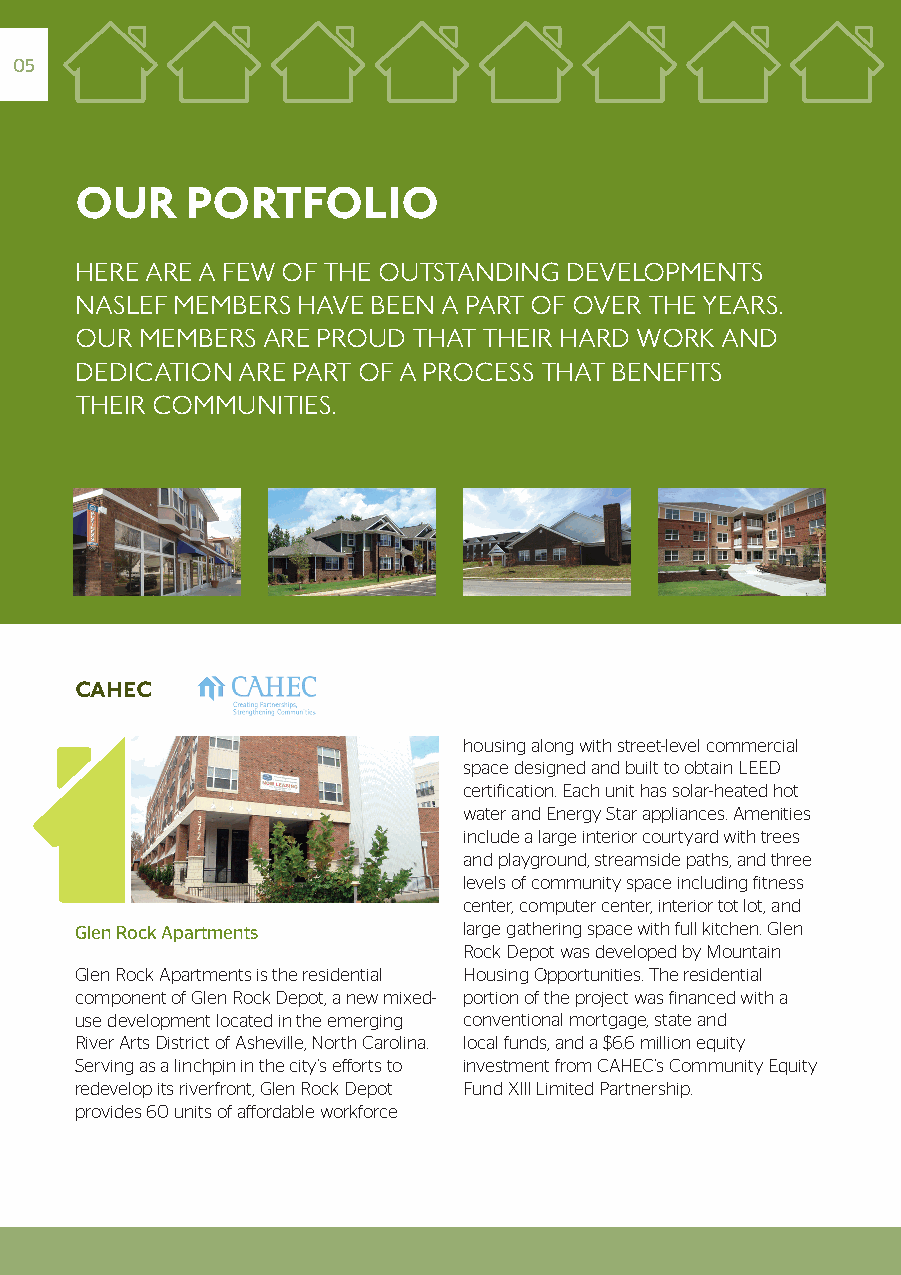
05
 OUR    PORTFOLIO
 HErE ArE A FEW OF THE OuTSTAnDing DEVElOpmEnTS
 nASlEF mEmbErS HAVE bEEn A pArT OF OVEr THE yEArS.
 Our mEmbErS ArE prOuD THAT THEir HArD WOrk AnD
 DEDiCATiOn ArE pArT OF A prOCESS THAT bEnEFiTS
 THEir COmmuniTiES.
 CAHEC
 housing along with street-level commercial
 space designed and built to obtain LEED
 certification. Each unit has solar-heated hot
 water and Energy Star appliances. Amenities
 include a large interior courtyard with trees
 and playground, streamside paths, and three
 levels of community space including fitness
 center, computer center, interior tot lot, and
 Glen Rock Apartments      large gathering space with full kitchen. Glen
 Rock Depot was developed by Mountain
 Glen Rock Apartments is the residential Housing Opportunities. The residential
 component of Glen Rock Depot, a new mixed- portion of the project was financed with a
 use development located in the emerging conventional mortgage, state and
 River Arts District of Asheville, North Carolina. local funds, and a $6.6 million equity
 Serving as a linchpin in the city’s efforts to investment from CAHEC’s Community Equity
 redevelop its riverfront, Glen Rock Depot Fund XIII Limited Partnership.
 provides 60 units of affordable workforce